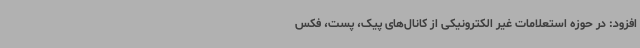
افزود: در حوزه استعلامات غیر الکترونیکی از کانال‌های پیک، پست، فکس